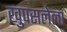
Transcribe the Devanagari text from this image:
खुपसलेला